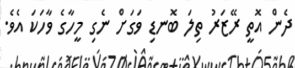
ދެން އޮތީ ރޭޒަރު ތިލަ ބޮނޑި ވަގަށް ނެގި މީހާގެ ވާހަކަ އެވެ.